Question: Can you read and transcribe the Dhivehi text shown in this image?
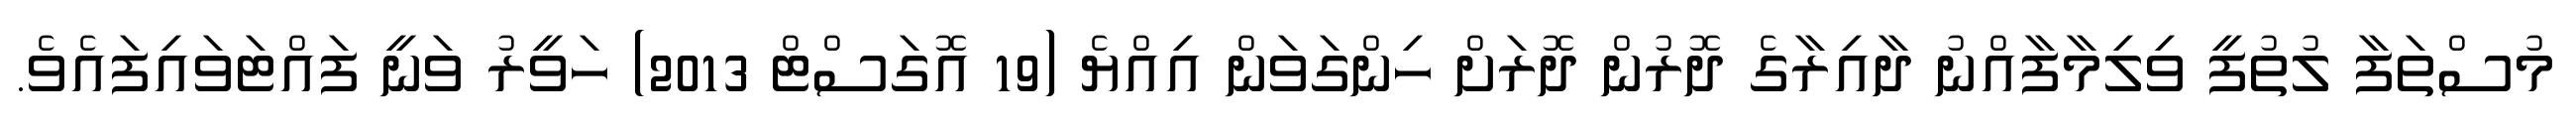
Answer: މުސްތަފާ ލުތުފީ ވިލިމާފާއްނު ދާއިރާގެ ދޮރުން ދޮރަށް ހިންގަވަން އިއްޔެ (19 އޮގަސްޓް 2013) ހަވީރު ވަނީ ފައްޓަވައިފައެވެ.